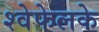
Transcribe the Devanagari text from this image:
श्वेफेलके